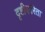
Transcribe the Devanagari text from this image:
दृष्टीकरिता